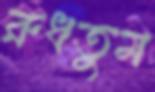
রুধতুম